Indian journal of veterinary science and animal husbandry - Volume 13,
Year: 1943
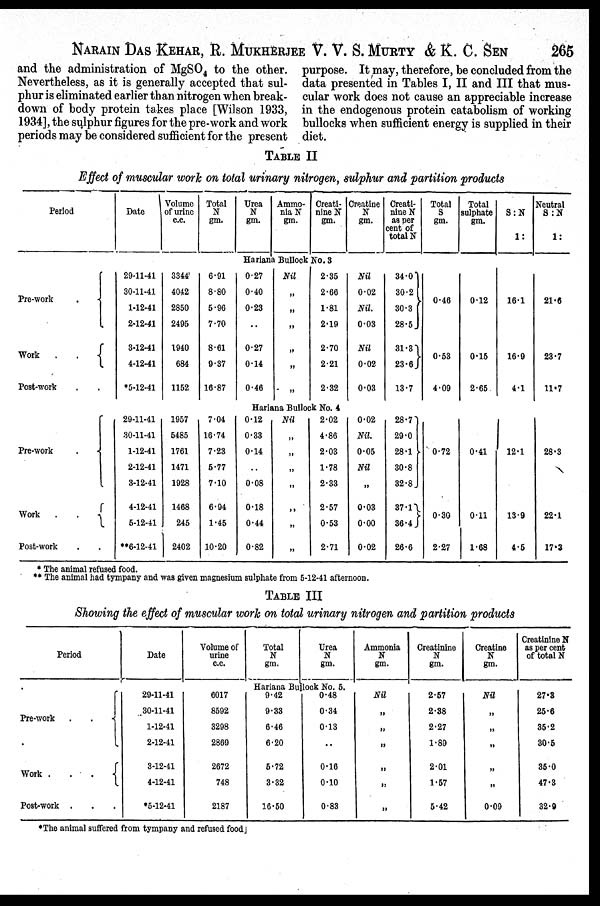
NARAIN DAS KEHAR, R. MUKHERJEE V. V. S. MURTY & K. C. SEN 265
and the administration of MgSO 4 to the other.
Nevertheless, as it is generally accepted that sul-
phur is eliminated earlier than nitrogen when break-
down of body protein takes place [Wilson 1933,
1934], the sulphur figures for the pre-work and work
periods may be considered sufficient for the present
purpose. It may, therefore, be concluded from the
data presented in Tables I, II and III that mus-
cular work does not cause an appreciable increase
in the endogenous protein catabolism of working
bullocks when sufficient energy is supplied in their
diet.
TABLE II
Effect of muscular work on total urinary nitrogen, sulphur and partition products
Period
Pre-work .
Work . .
Post-work . .
Pre-work .
Work . .
Post-work . .
Date
Volume
of urine
c.c.
Total
N
gm.
Urea
N
gm.
Ammo-
nia N
gm.
Creati-
nine N
gm.
Creatine
N
gm.
Creati-
nine N
as per
cent of
total N
Total
S
gm.
Total
sulphate
gm.
S:N
1:
Neutral
S:N
1:
Hariana Bullock No. 3
29-11-41
30-11-41
1-12-41
2-12-41
3-12-41
4-12-41
*5-12-41
3344
4042
2850
2495
1940
684
1152
6.91
8.80
5.96
7.70
8.61
9.37
16.87
0.27
0.40
0.23
..
0.27
0.14
0.46
Nil
„
„
„
„
„
„
2.35
2.66
1.81
2.19
2.70
2.21
2.32
Nil
0.02
Nil.
0.03
Nil
0.02
0.03
34.0
30.2
30.3
28.5
31.3
23.6
13.7
0.46
0.53
4.09
0.12
0.15
2.65
16.1
16.9
4.1
21.6
23.7
11.7
Hariana Bullock No. 4
29-11-41
30-11-41
1-12-41
2-12-41
3-12-41
4-12-41
5-12-41
**6-12-41
1957
5485
1761
1471
1928
1468
245
2402
7.04
16.74
7.23
5.77
7.10
6.94
1.45
10.20
0.12
0.33
0.14
..
0.08
0.18
0.44
0.82
Nil
„
„
„
„
„
„
„
2.02
4.86
2.03
1.78
2.33
2.57
0.53
2.71
0.02
Nil.
0.05
Nil
„
0.03
0.00
0.02
28.7
29.0
28.1
30.8
32.8
37.1
36.4
26.6
0.72
0.30
2.27
0.41
0.11
1.68
12.1
13.9
4.5
28.3
22.1
17.3
* The animal refused food.
** The animal had tympany and was given magnesium sulphate from 5-12-41 afternoon.
TABLE III
Showing the effect of muscular work on total urinary nitrogen and partition products
Period
Pre-work
.
.
Work .
.
.
Post-work .
Date
Volume of
urine
c.c.
Total
N
gm.
Urea
N
gm.
Ammonia
N
gm.
Creatinine
N
gm.
Creatine
N
gm.
Creatinine N
as per cent
of total N
Hariana Bullock No. 5.
29-11-41
30-11-41
1-12-41
2-12-41
3-12-41
4-12-41
*5-12-41
6017
8592
3298
2869
2672
748
2187
9.42
9.33
6.46
6.20
5.72
3.32
16.50
0.48
0.34
0.13
..
0.16
0.10
0.83
Nil
„
„
„
„
„
„
2.57
2.38
2.27
1.89
2.01
1.57
5.42
Nil
„
„
„
„
0.09
27.8
25.6
35.2
30.5
35.0
47.3
32.9
*The animal suffered from tympany and refused food